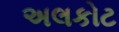
અલકોટ